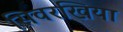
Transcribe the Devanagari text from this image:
सिवरखिया